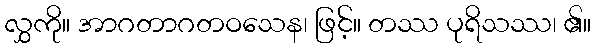
လွှကို။ အာဂတာဂတဝသေန၊ ဖြင့်။ တဿ ပုရိသဿ၊ ၏။